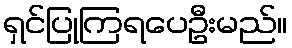
ရှင်ပြုကြရပေဦးမည်။